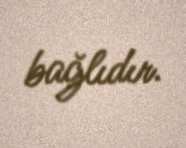
bağlıdır.